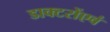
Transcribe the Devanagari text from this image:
डाक्टरोंएवं